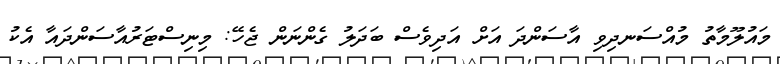
މައުލޫމާތު މުއްސަނދިވި އާސަންދަ އަށް އަދިވެސް ބަދަލު ގެންނަން ޖެހޭ: މިނިސްޓަރުއާސަންދައާ އެކު